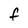
Character: F